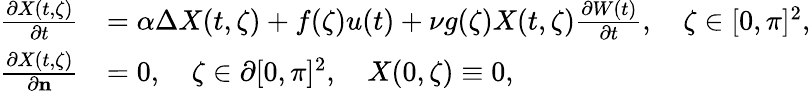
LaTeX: \begin{array}{rl}{\frac{\partial X(t,\zeta)}{\partial t}}&{=\alpha\Delta X(t,\zeta)+f(\zeta)u(t)+\nu g(\zeta)X(t,\zeta)\frac{\partial W(t)}{\partial t},\quad\zeta\in[0,\pi]^{2},}\\ {\frac{\partial X(t,\zeta)}{\partial\mathbf{n}}}&{=0,\quad\zeta\in\partial[0,\pi]^{2},\quad X(0,\zeta)\equiv 0,}\end{array}